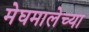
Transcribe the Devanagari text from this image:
मेघमालेच्या